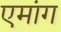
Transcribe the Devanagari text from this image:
एमांग